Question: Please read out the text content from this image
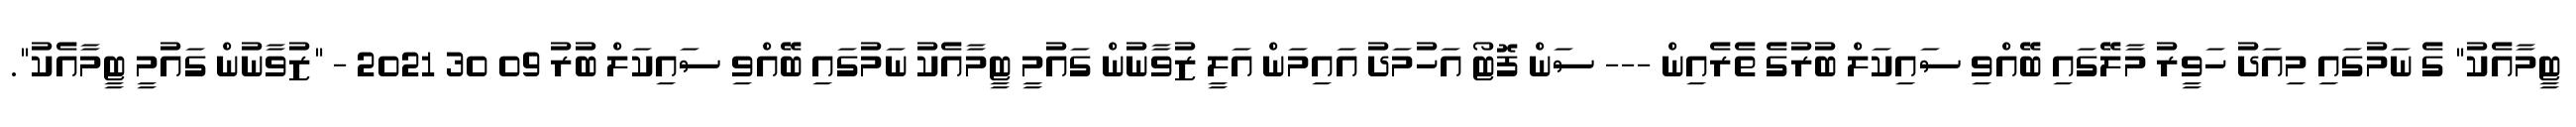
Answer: ޓީމާއެކު" ގެ ނަމުގައި މިއަދު ހަވީރު މާލޭގައި ބޭއްވި ސައިކަލް ބުރުގެ ތެރެއިން --- ސަން ފޮޓޯ އަހުމަދު އައިމަން އަލީ ޒުވާނުން ގައުމީ ޓީމާއެކު ނަމުގައި ބޭއްވި ސައިކަލް ބުރު 09 30 2021 - "ޒުވާނުން ގައުމީ ޓީމާއެކު".